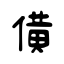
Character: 僙